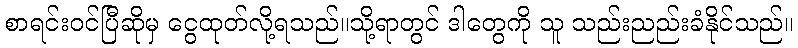
စာရင်းဝင်ပြီဆိုမှ ငွေထုတ်လို့ရသည်။သို့ရာတွင် ဒါတွေကို သူ သည်းညည်းခံနိုင်သည်။